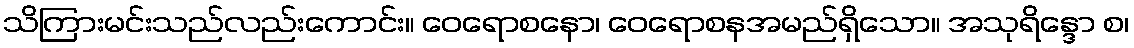
သိကြားမင်းသည်လည်းကောင်း။ ဝေရောစနော၊ ဝေရောစနအမည်ရှိသော။ အသုရိန္ဒော စ၊